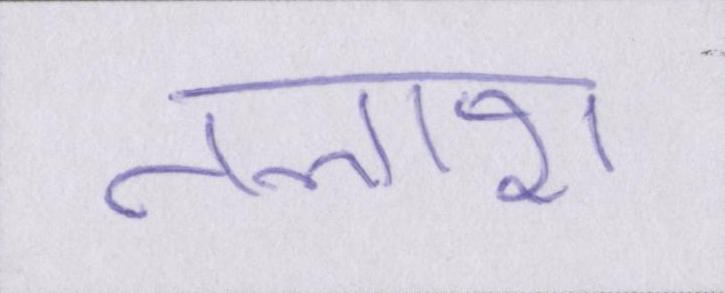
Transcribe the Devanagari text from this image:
तलाश